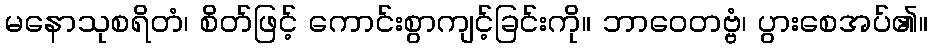
မနောသုစရိတံ၊ စိတ်ဖြင့် ကောင်းစွာကျင့်ခြင်းကို။ ဘာဝေတဗ္ဗံ၊ ပွားစေအပ်၏။